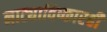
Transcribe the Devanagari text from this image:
नाट्याविष्कारही